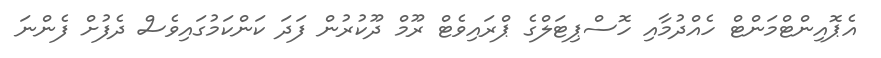
އެޕޮއިންޓްމަންޓް ހެއްދުމާއި ހޮސްޕިޓަލްގެ ޕްރައިވެޓް ރޫމް ދޫކުރުން ފަދަ ކަންކަމުގައިވެސް ދެފުށް ފެންނަ